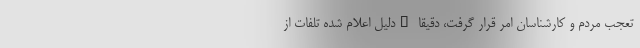
تعجب مردم و کارشناسان امر قرار گرفت، دقیقا "دلیل اعلام شده تلفات از